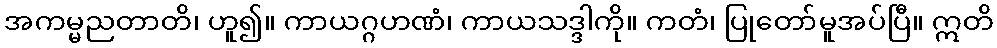
အကမ္မညတာတိ၊ ဟူ၍။ ကာယဂ္ဂဟဏံ၊ ကာယသဒ္ဒါကို။ ကတံ၊ ပြုတော်မူအပ်ပြီ။ ဣတိ